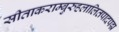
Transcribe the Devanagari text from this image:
सीताकराम्बुरुहलालितपादपद्म